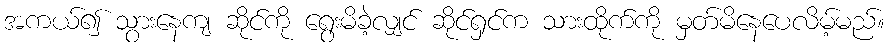
အကယ်၍ သွားနေကျ ဆိုင်ကို ရွေးမိခဲ့လျှင် ဆိုင်ရှင်က သားထိုက်ကို မှတ်မိနေပေလိမ့်မည်။